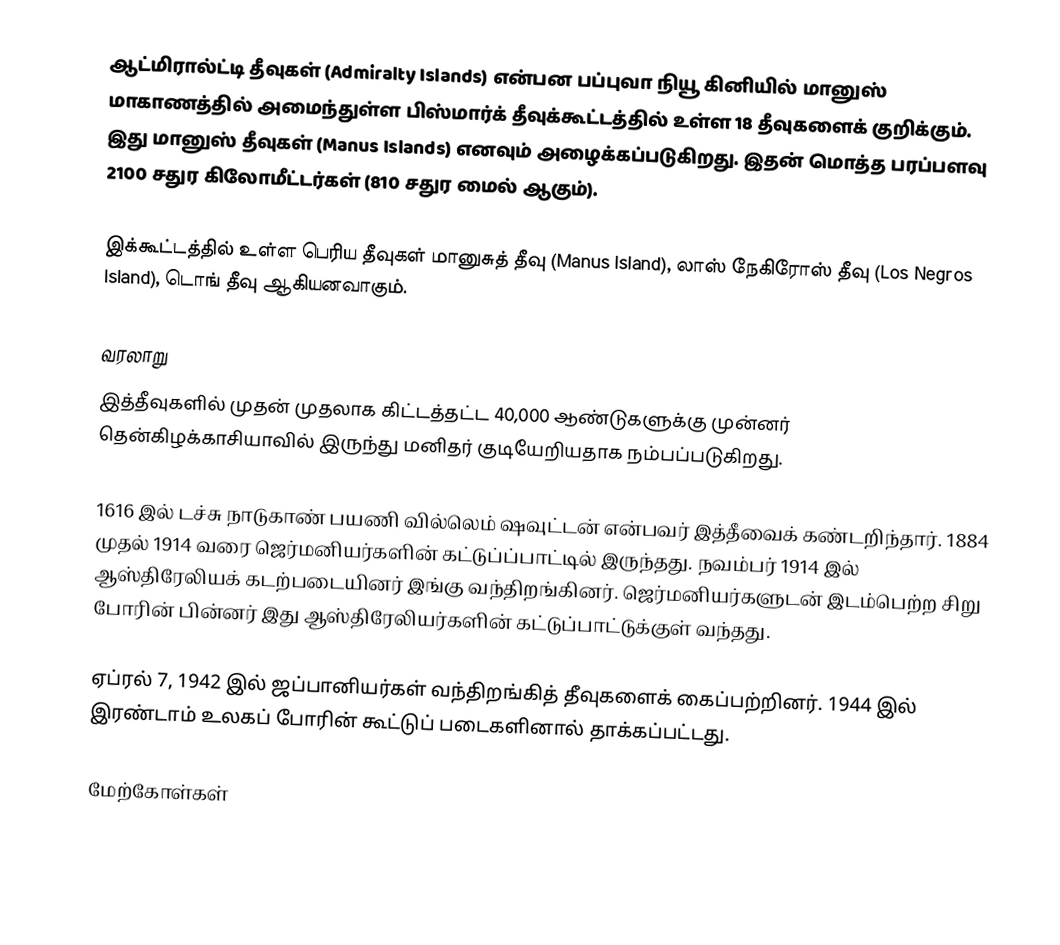
ஆட்மிரால்ட்டி தீவுகள் (Admiralty Islands) என்பன பப்புவா நியூ கினியில் மானுஸ் மாகாணத்தில் அமைந்துள்ள பிஸ்மார்க் தீவுக்கூட்டத்தில் உள்ள 18 தீவுகளைக் குறிக்கும். இது மானுஸ் தீவுகள் (Manus Islands) எனவும் அழைக்கப்படுகிறது. இதன் மொத்த பரப்பளவு 2100 சதுர கிலோமீட்டர்கள் (810 சதுர மைல் ஆகும்).

இக்கூட்டத்தில் உள்ள பெரிய தீவுகள் மானுசுத் தீவு (Manus Island), லாஸ் நேகிரோஸ் தீவு (Los Negros Island), டொங் தீவு ஆகியனவாகும்.

வரலாறு
இத்தீவுகளில் முதன் முதலாக கிட்டத்தட்ட 40,000 ஆண்டுகளுக்கு முன்னர் தென்கிழக்காசியாவில் இருந்து மனிதர் குடியேறியதாக நம்பப்படுகிறது.

1616 இல் டச்சு நாடுகாண் பயணி வில்லெம் ஷவுட்டன் என்பவர் இத்தீவைக் கண்டறிந்தார். 1884 முதல் 1914 வரை ஜெர்மனியர்களின் கட்டுப்ப்பாட்டில் இருந்தது. நவம்பர் 1914 இல் ஆஸ்திரேலியக் கடற்படையினர் இங்கு வந்திறங்கினர். ஜெர்மனியர்களுடன் இடம்பெற்ற சிறு போரின் பின்னர் இது ஆஸ்திரேலியர்களின் கட்டுப்பாட்டுக்குள் வந்தது.

ஏப்ரல் 7, 1942 இல் ஜப்பானியர்கள் வந்திறங்கித் தீவுகளைக் கைப்பற்றினர். 1944 இல் இரண்டாம் உலகப் போரின் கூட்டுப் படைகளினால் தாக்கப்பட்டது.

மேற்கோள்கள்